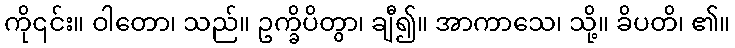
ကို၎င်း။ ဝါတော၊ သည်။ ဥက္ခိပိတွာ၊ ချီ၍။ အာကာသေ၊ သို့။ ခိပတိ၊ ၏။